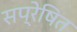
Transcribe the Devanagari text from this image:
सप्रेषित